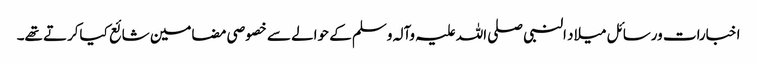
اخبارات ورسائل میلاد النبی صلی اللہ علیہ وآلہ وسلم کے حوالے سے خصوصی مضامین شائع کیاکرتے تھے۔